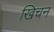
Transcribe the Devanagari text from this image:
खिचन